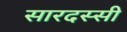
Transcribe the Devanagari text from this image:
सारदस्सी